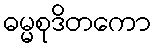
ဓမ္မစုဒိတကော